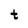
Character: t